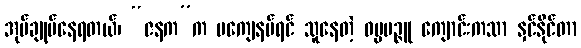
အုပ်ချုပ်နေရတယ်၊ “ဇနက”က မကျေနပ်ရင် သူနေတဲ့ ဓမ္မမဉ္ဇူ ကျောင်းကသာ နှင်နိုင်တာ